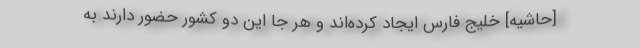
[حاشیه] خلیج فارس ایجاد کرده‌اند و هر جا این دو کشور حضور دارند به